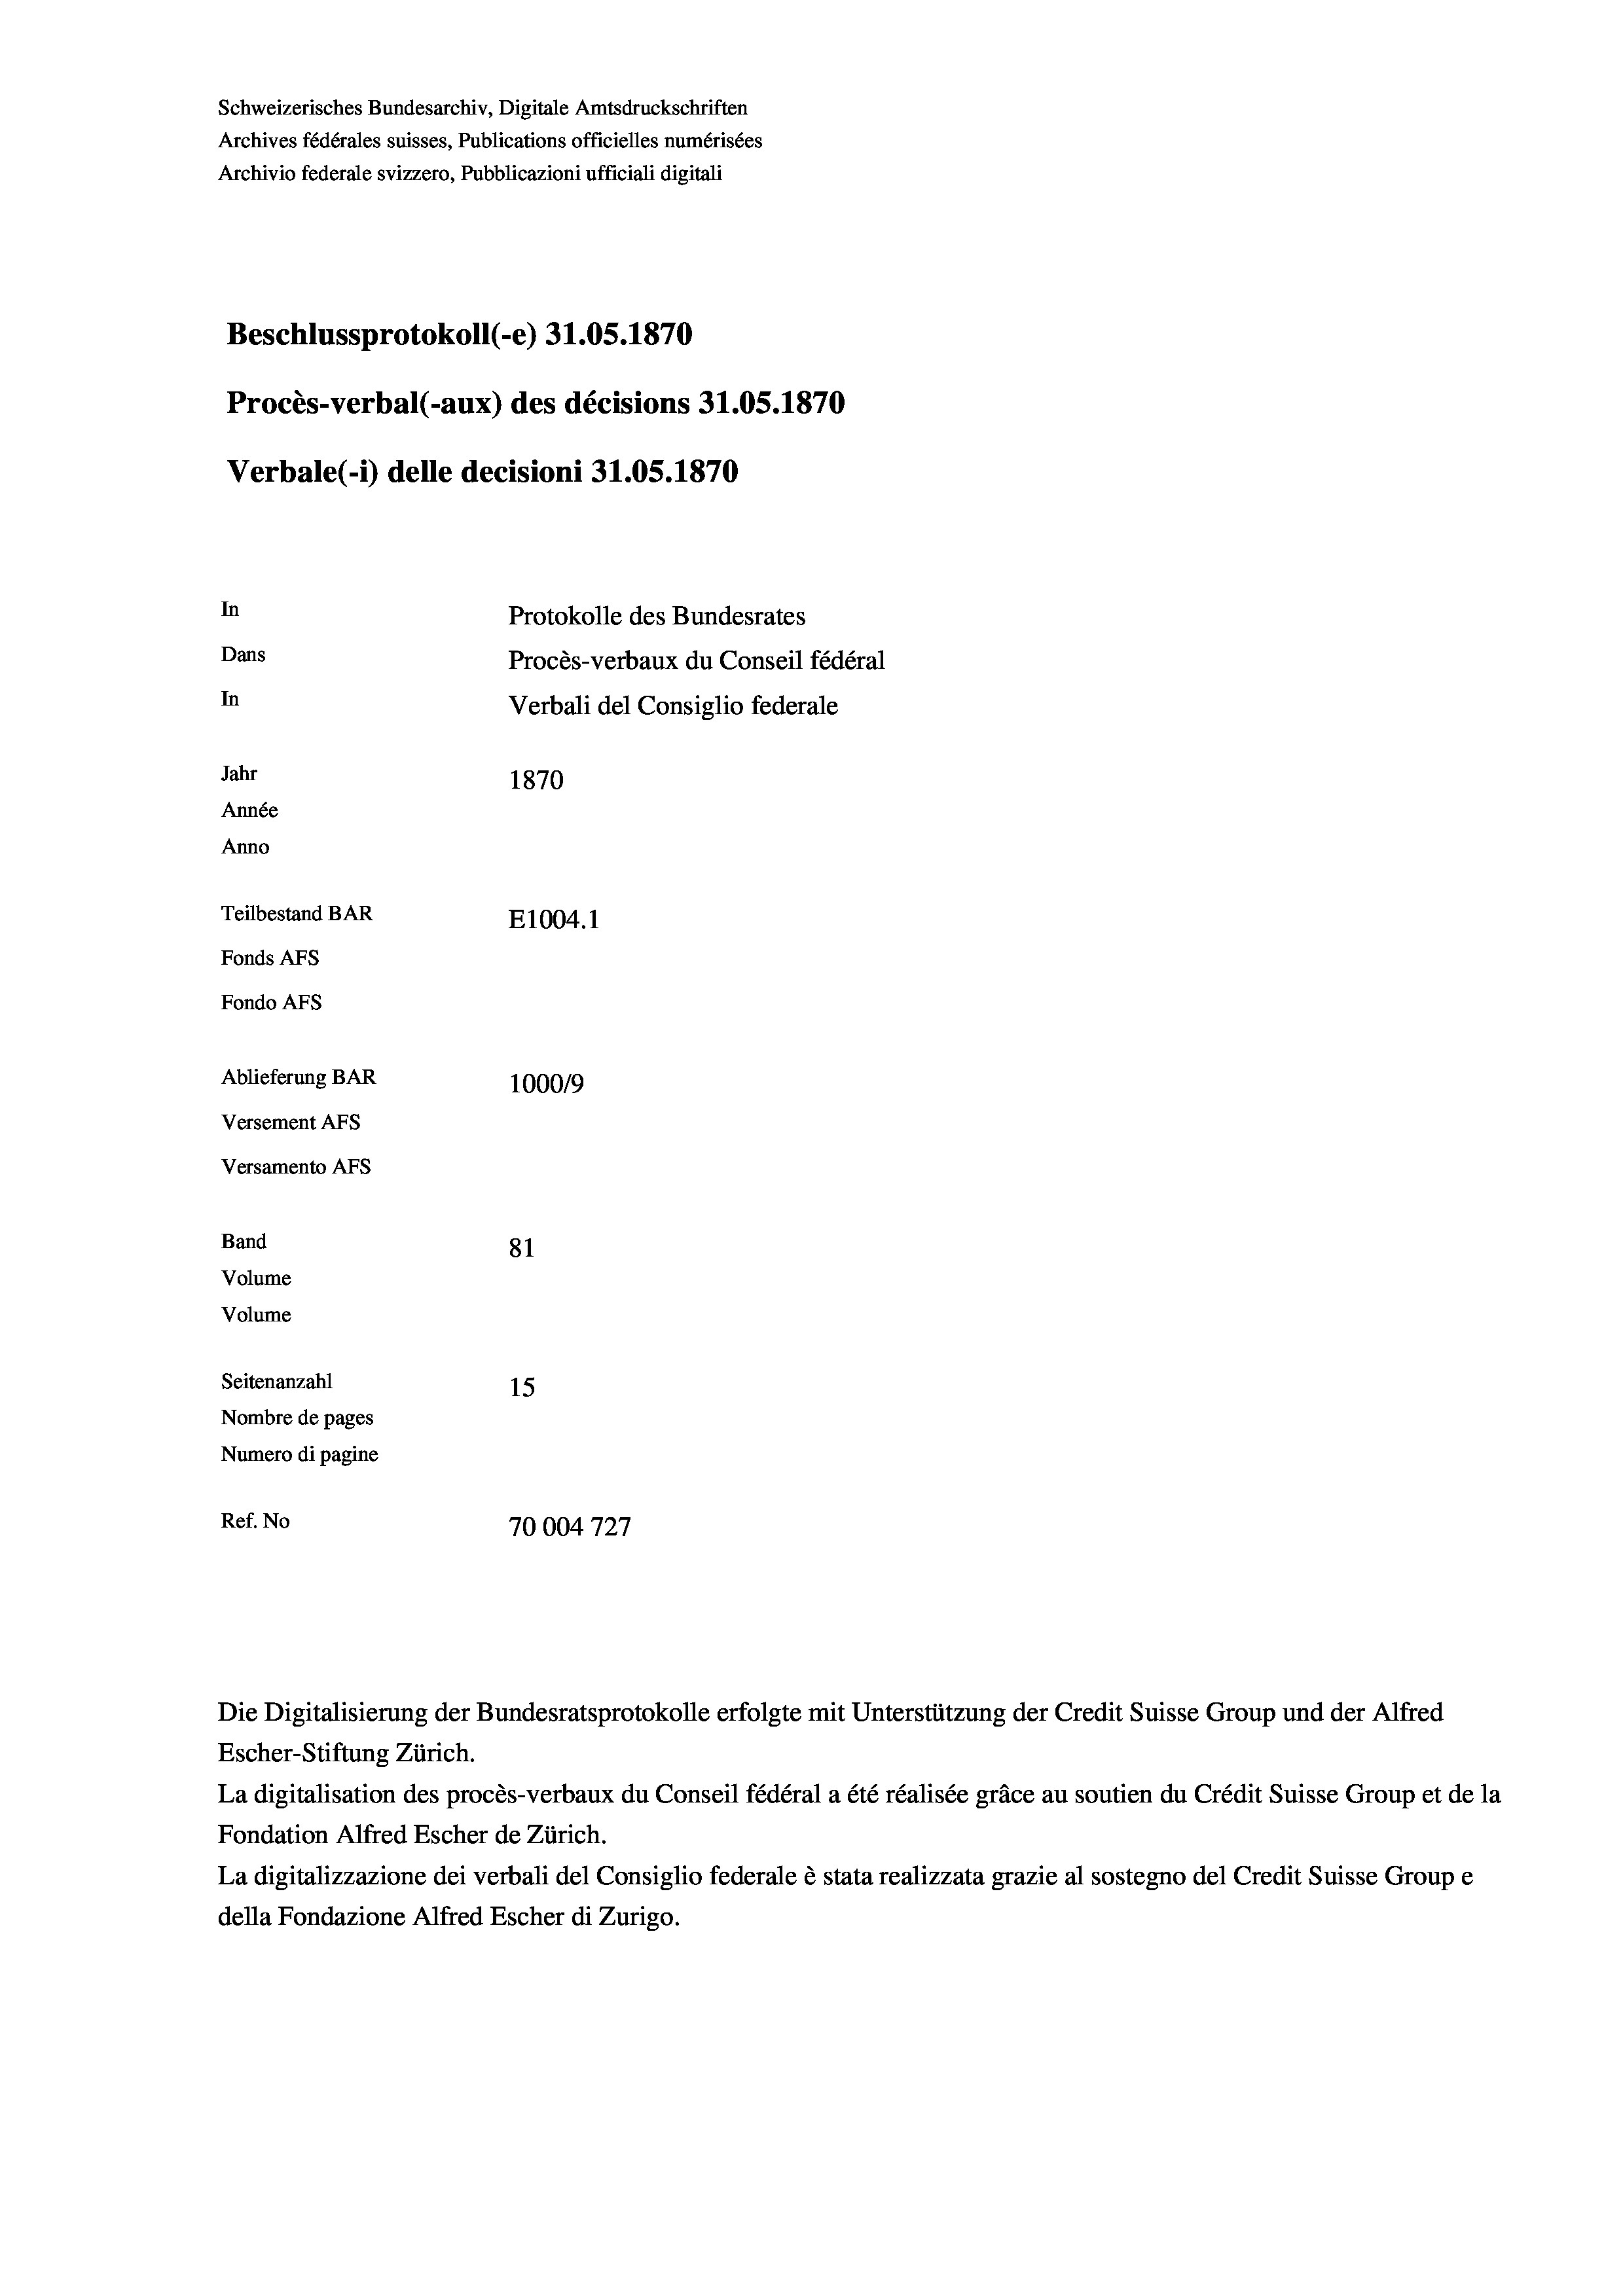
Schweizerisches Bundesarchiv, Digitale Amtsdruckschriften
Archives fédérales suisses, Publications officielles numérisées
Archivio federale svizzero, Pubblicazioni ufficiali digitali
Beschlussprotokoll (-e) 31.05. 1870
Procès-verbal (-aux) des décisions 31.05. 1870
Verbale (1) delle decisioni 31.05. 1870
In
Protokolle des Bundesrates
Dans
Procès-verbaux du Conseil fédéral
In
Verbali del Consiglio federale
Jahr
1870
Année
Anno
Teilbestand BAR
E1004.1
Fonds AFs
Fondo AFs
Ablieferung BAR
1000/9
Versement Abs
Versamento Afs

81
Seitenanzahl
15
Nombre de pages
Numero di pagine
Ref. No
10004727

Band

Volume
Volume

Escher-Stiftung Zürich.
La digitalisation des procès-verbaux du Conseil fédéral a été réalisée gräce au soutien du Crédit Suisse Group et de la
Fondation Alfred Escher de Zürich.
La digitalizzazione dei verbali del Consiglio federale è stata realizzata grazie al sostegno del Credit Suisse Groupe
della Fondazione Alfred Escher di Zurigo.

1

Die Digitalisierung der Bundesratsprotokolle erfolgte mit Unterstützung der Credit Suisse Group und der Alfred